Riigikantselei, lk 4
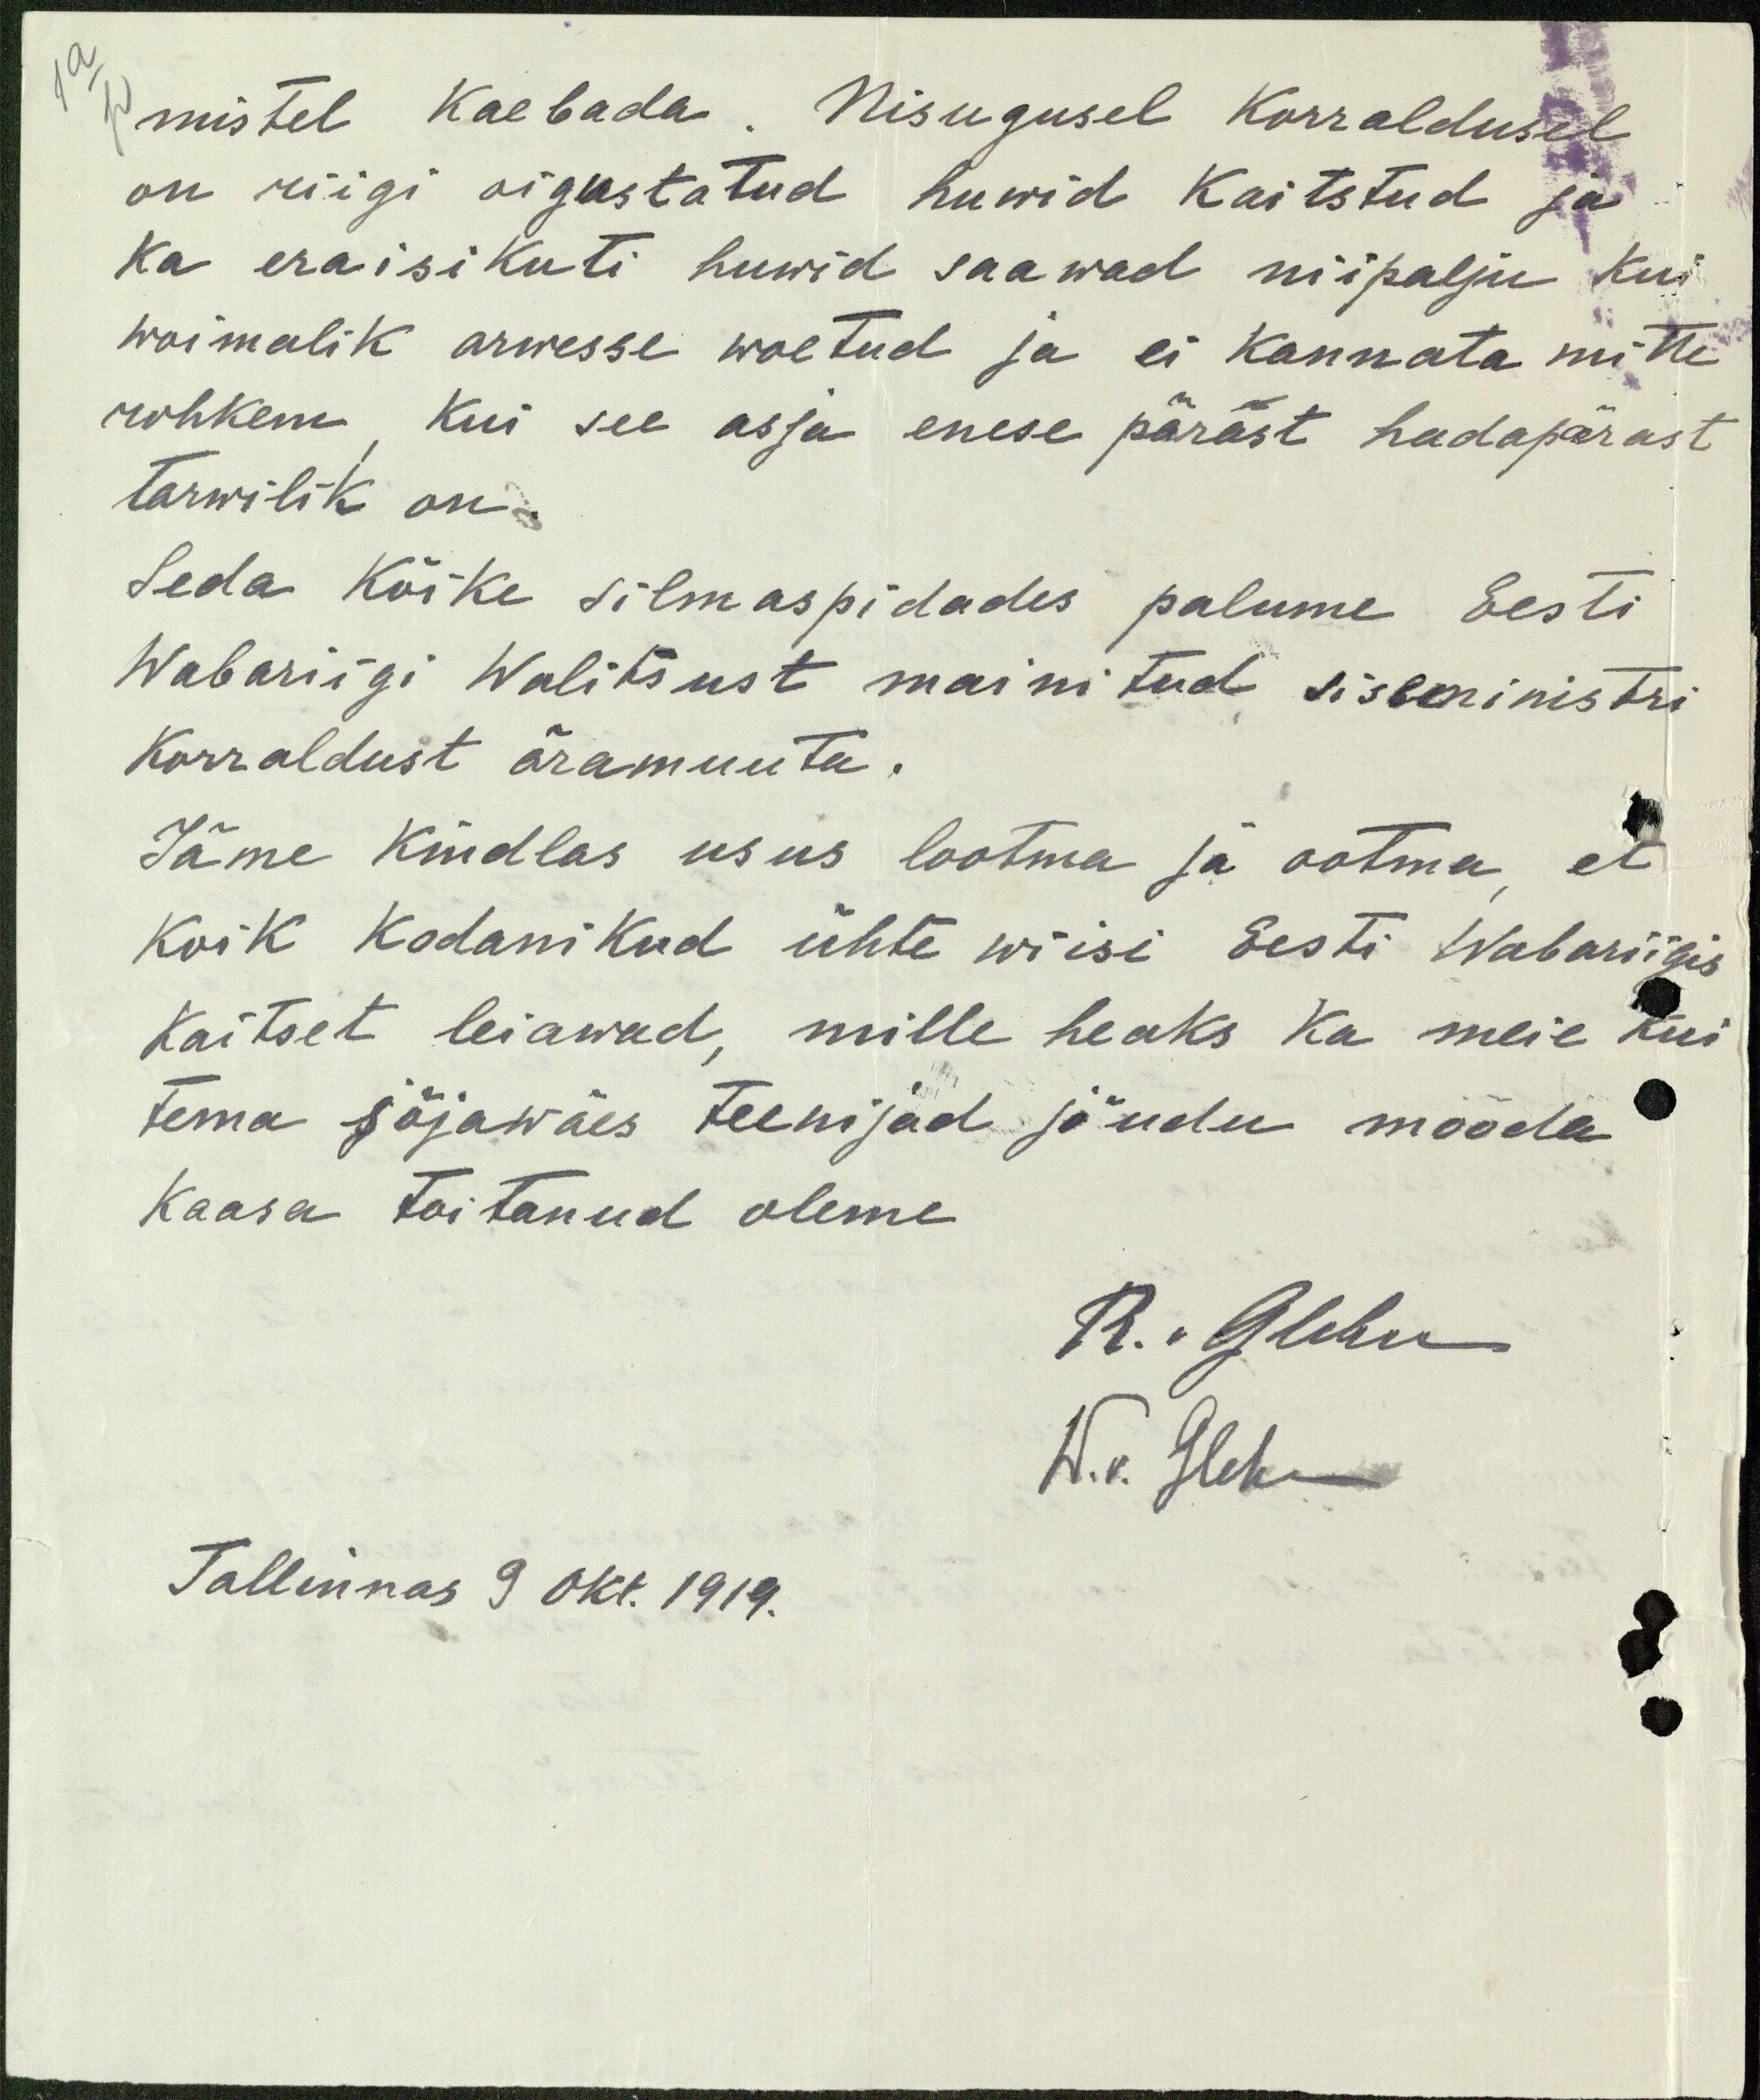
mistel kaebada. Nisugusel korraldusel
on riigi oigustatud huwid kaitstud ja
ka eraisikuti huwid saawad niipalju kui
wõimalik arwesse woetud ja ei kannata mitte
rohkem. Kui see asja enese pärast hadapärast
tarwilik on.
Seda kõike silmaspidades palume Eesti
Wabariigi Walitsust mainitud sisseministri
Korraldust äramuuta.
Jäme kindlas usus lootma ja ootma, et
koik kodanikud ühte wiisi Eesti Wabariigis
Kaitset leiawad, mille heaks ka meie kui
tema sõjawäes teenijad jõudu mööda
Kaasa toitanud oleme
R. "Алеви
W.v. Glehn
Tallinnas 9 okt. 1919.